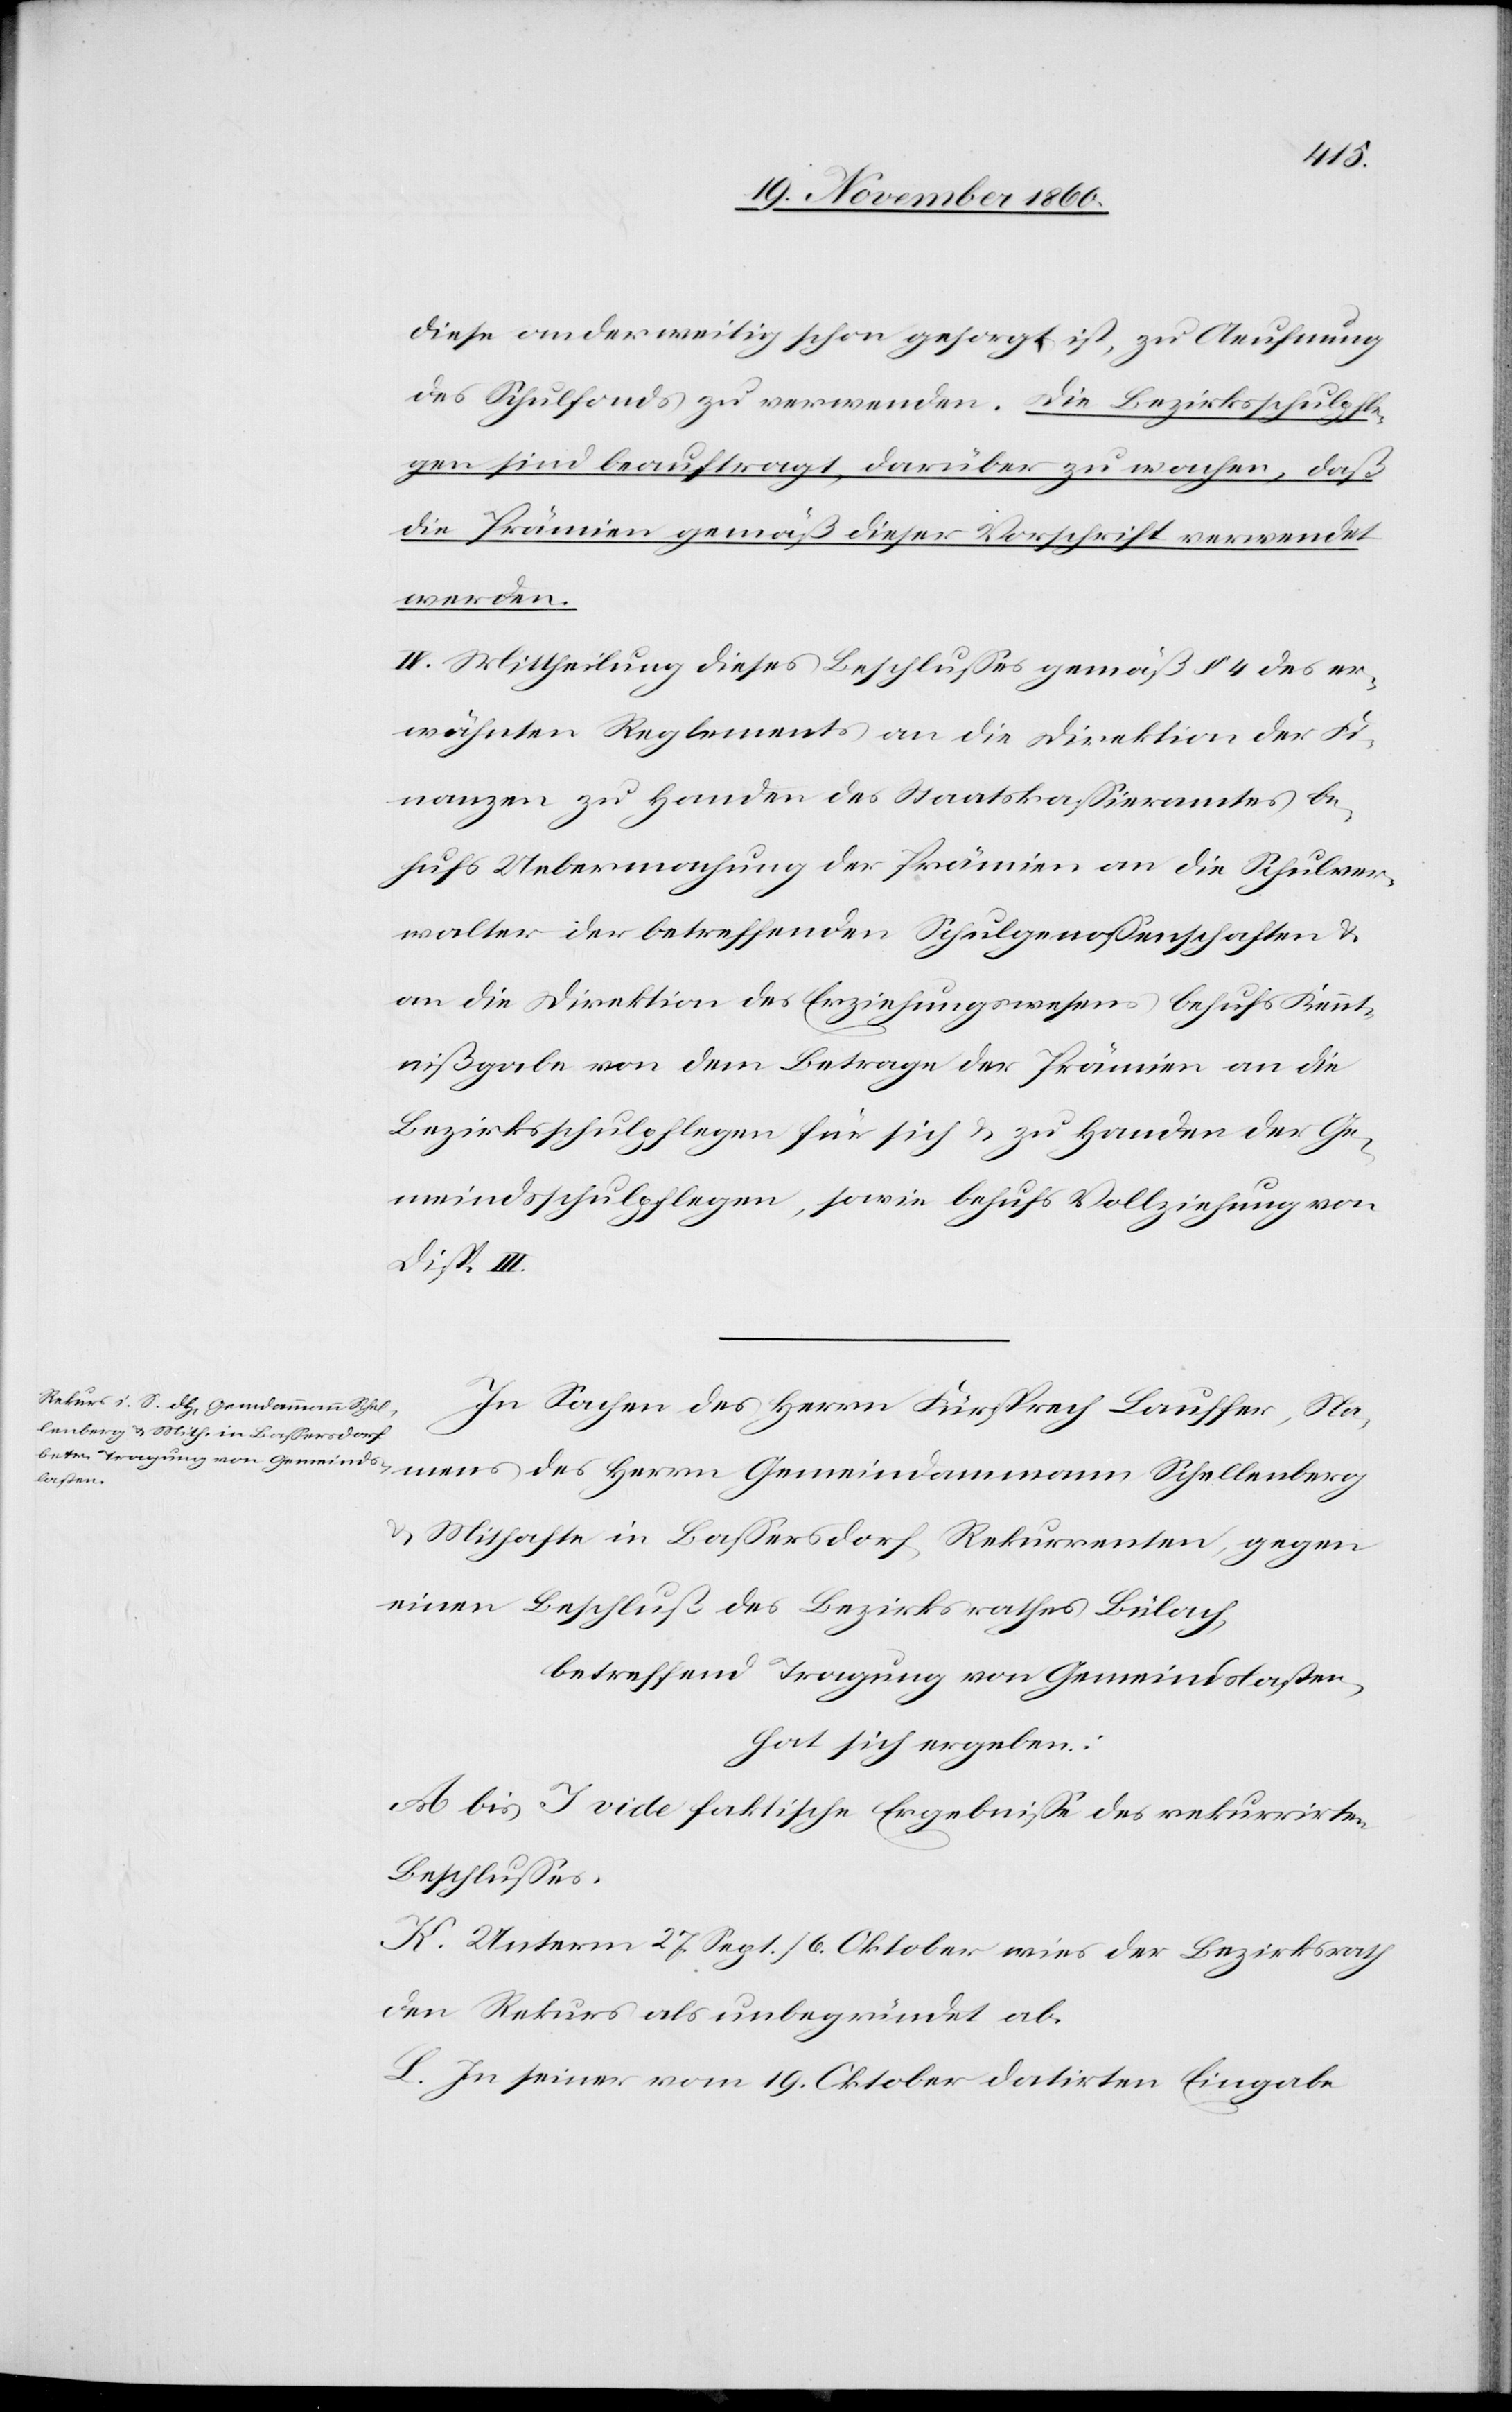
diese anderweitig schon gesorgt ist, zu Aeufnung
des Schulfonds zu verwenden. Die Bezirksschulpfle¬
gen sind beauftragt, darüber zu wachen, daß
die Prämien gemäß dieser Vorschrift verwendet
werden.
IV. Mittheilung dieses Beschlusses gemäß § 4 des er¬
wähnten Reglements an die Direktion der Fi¬
nanzen zu Handen des Staatskassieramtes be¬
hufs Uebermachung der Prämien an die Schulver¬
walter der betreffenden Schulgenossenschaften u.
an die Direktion des Erziehungswesens behufs Kennt¬
nißgabe von dem Betrage der Prämien an die
Bezirksschulpflegen für sich u. zu Handen der Ge¬
meindsschulpflegen, sowie behufs Vollziehung von
Disp. III.
In Sachen des Herrn Fürsprech Lauffer, Na¬
mens des Herrn Gemeindammann Schellenberg
u. Mithafte in Bassersdorf, Rekurrenten, gegen
einen Beschluß des Bezirksrathes Bülach,
betreffend Tragung von Gemeindslasten,
hat sich ergeben:
A bis I vide faktische Ergebnisse des rekurrirten
Beschlusses.
K. Unterm 27. Sept./6. Oktober wies der Bezirksrath
den Rekurs als unbegründet ab.
L. In seiner vom 19. Oktober datirten Eingabe